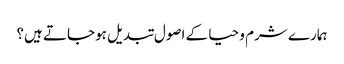
ہمارے شرم و حیا کے اصول تبدیل ہوجاتے ہیں؟